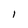
Character: 1